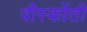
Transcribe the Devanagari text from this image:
वीस्कोंती